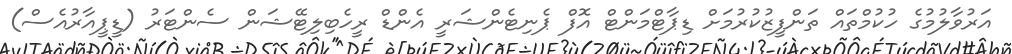
އަރުވާލުމުގެ ހުކުމްތައް ތަންފީޒުކުރުމަށް ޑިޕާޓްމަންޓް އޮފް ޕެނިޓެންޝަރީ އެންޑް ރީހެބިލިޓޭޝަން ސެންޓަރު (ޑީޕީއާރުއެސް)